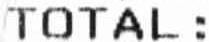
TOTAL: